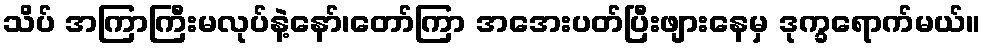
သိပ် အကြာကြီးမလုပ်နဲ့နော်၊တော်ကြာ အအေးပတ်ပြီးဖျားနေမှ ဒုက္ခရောက်မယ်။